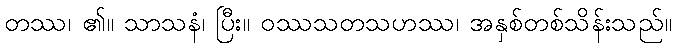
တဿ၊ ၏။ သာသနံ၊ ပြီး။ ဝဿသတသဟဿ၊ အနှစ်တစ်သိန်းသည်။